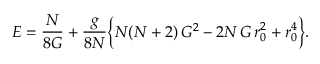
E = \frac { N } { 8 G } + \frac { g } { 8 N } \biggl \{ N ( N + 2 ) \, G ^ { 2 } - 2 N \, G \, r _ { 0 } ^ { 2 } + r _ { 0 } ^ { 4 } \biggr \} .